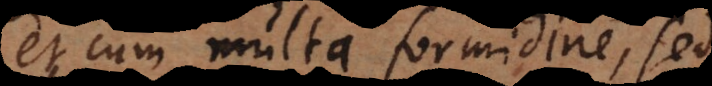
et cum multa formidine, sed